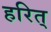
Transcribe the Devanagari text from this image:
हरित्‌